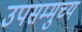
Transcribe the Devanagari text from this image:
उपसम्मुच्य